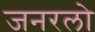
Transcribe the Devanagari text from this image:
जनरलो